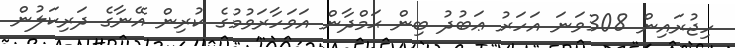
ހިޖުރައިން 308ވަނަ އަހަރު ޢަބުދު ބިން ޙަމްދާން އަވަހާރަވުމުގެ ކުރިން އޭނާގެ ދަރިކަލުން